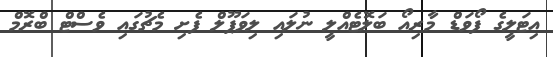
އިޓަލީގެ ފޯވަޑް މާރިއޯ ބަލޮޓެއްލީ ނުލައި ލިވަޕޫލް ފެށި މެޗުގައި ވެސްޓް ބްރޮމް